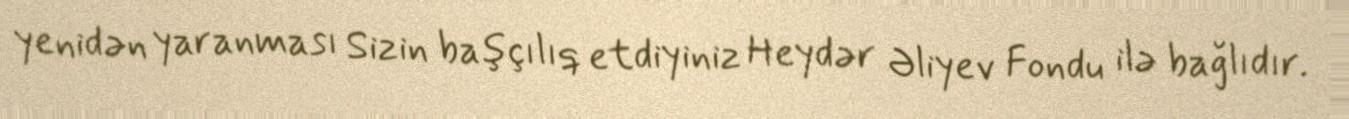
yenidən yaranması Sizin başçılıq etdiyiniz Heydər Əliyev Fondu ilə bağlıdır.